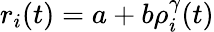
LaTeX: \begin{array}{r}{r_{i}(t)=a+b\rho_{i}^{\gamma}(t)}\end{array}